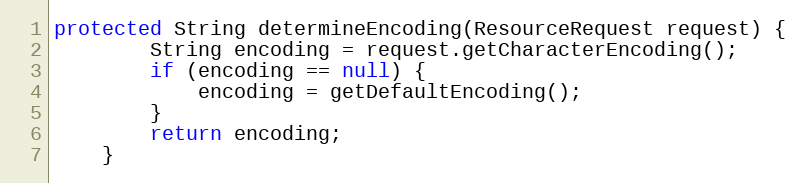
Language: Java
protected String determineEncoding(ResourceRequest request) {
        String encoding = request.getCharacterEncoding();
        if (encoding == null) {
            encoding = getDefaultEncoding();
        }
        return encoding;
    }